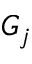
G _ { j }